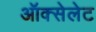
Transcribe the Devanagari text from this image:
ऑक्सेलेट